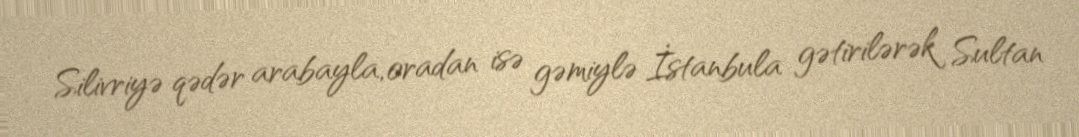
Silivriyə qədər arabayla, oradan isə gəmiylə İstanbula gətirilərək Sultan